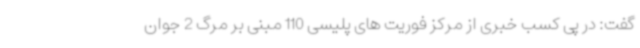
گفت: در پی کسب خبری از مرکز فوریت های پلیسی 110 مبنی بر مرگ 2 جوان